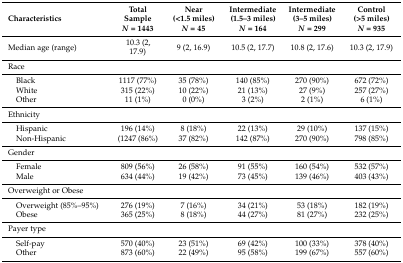
| Characteristics | Total Sample N = 1443 | Near (<1.5 miles) N = 45 | Intermediate (1.5–3 miles) N = 164 | Intermediate (3–5 miles) N = 299 | Control (>5 miles) N = 935 |
 | --- | --- | --- | --- | --- | --- |
 | Median age (range) | 10.3 (2, 17.9) | 9 (2, 16.9) | 10.5 (2, 17.7) | 10.8 (2, 17.6) | 10.3 (2, 17.9) |
 | Race |  |  |  |  |  |
 | Black | 1117 (77%) | 35 (78%) | 140 (85%) | 270 (90%) | 672 (72%) |
 | White | 315 (22%) | 10 (22%) | 21 (13%) | 27 (9%) | 257 (27%) |
 | Other | 11 (1%) | 0 (0%) | 3 (2%) | 2 (1%) | 6 (1%) |
 | Ethnicity |  |  |  |  |  |
 | Hispanic | 196 (14%) | 8 (18%) | 22 (13%) | 29 (10%) | 137 (15%) |
 | Non-Hispanic | (1247 (86%) | 37 (82%) | 142 (87%) | 270 (90%) | 798 (85%) |
 | Gender |  |  |  |  |  |
 | Female | 809 (56%) | 26 (58%) | 91 (55%) | 160 (54%) | 532 (57%) |
 | Male | 634 (44%) | 19 (42%) | 73 (45%) | 139 (46%) | 403 (43%) |
 | Overweight or Obese |  |  |  |  |  |
 | Overweight (85%–95%) | 276 (19%) | 7 (16%) | 34 (21%) | 53 (18%) | 182 (19%) |
 | Obese | 365 (25%) | 8 (18%) | 44 (27%) | 81 (27%) | 232 (25%) |
 | Payer type |  |  |  |  |  |
 | Self-pay | 570 (40%) | 23 (51%) | 69 (42%) | 100 (33%) | 378 (40%) |
 | Other | 873 (60%) | 22 (49%) | 95 (58%) | 199 (67%) | 557 (60%) |